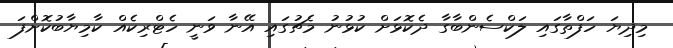
މިދިޔަ ހަފްތާގައި ލަކްސެންބާގާ ދެކޮޅަށް ކުޅުނު މެޗުގައި އޭނާ ވަނީ ހެޓްރިކެއް ކާމިޔާބުކޮށްފަ